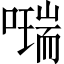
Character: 𠿩